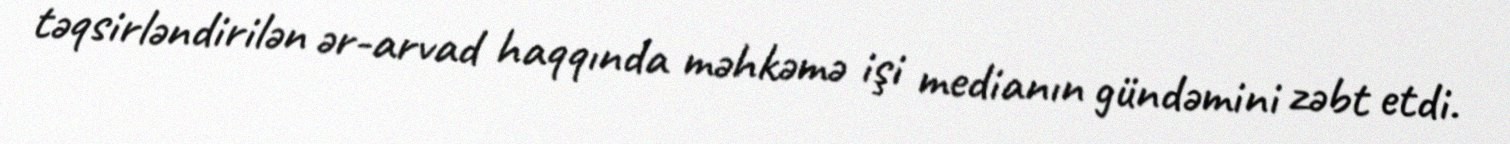
təqsirləndirilən ər-arvad haqqında məhkəmə işi medianın gündəmini zəbt etdi.